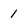
Character: 1